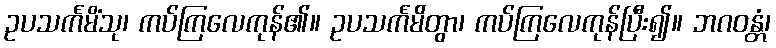
ဥပသင်္ကမိံသု၊ ကပ်ကြလေကုန်၏။ ဥပသင်္ကမိတွာ၊ ကပ်ကြလေကုန်ပြီး၍။ ဘဂဝန္တံ၊